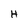
Character: H